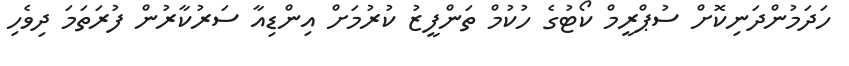
ހަދަމުންދަނިކޮށް ސުޕްރީމް ކޯޓުގެ ހުކުމް ތަންފީޒު ކުރުމަށް އިންޑިއާ ސަރުކާރުން ފުރަތަމަ ދިވެހި